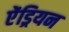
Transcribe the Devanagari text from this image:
ऐंड्रियन